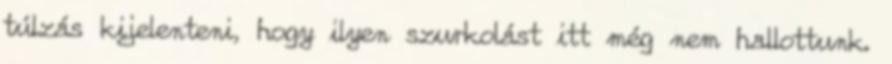
túlzás kijelenteni, hogy ilyen szurkolást itt még nem hallottunk.